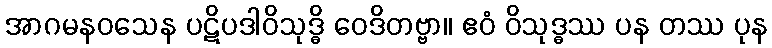
အာဂမနဝသေန ပဋိပဒါဝိသုဒ္ဓိ ဝေဒိတဗ္ဗာ။ ဧဝံ ဝိသုဒ္ဓဿ ပန တဿ ပုန